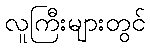
လူကြီးများတွင်